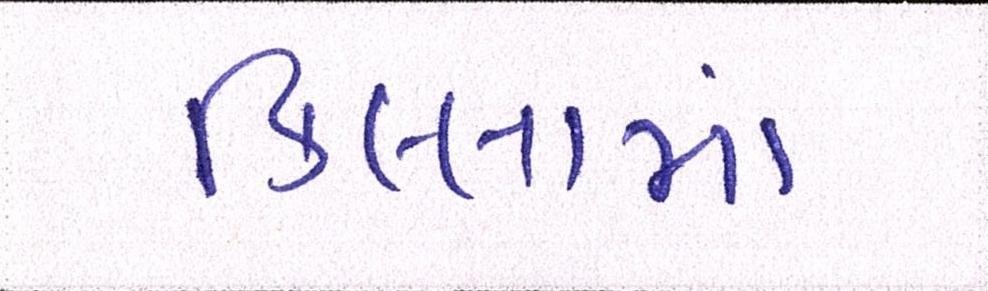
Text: કિલ્લામાં